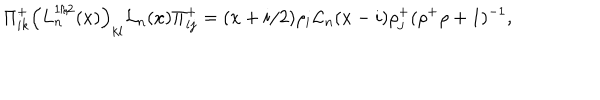
LaTeX: \Pi _ { i k } ^ { + } \left( L _ { n } ^ { 1 / 2 } ( x ) \right) _ { k l } { \cal L } _ { n } ( x ) \Pi _ { l j } ^ { + } = ( x + i / 2 ) \rho _ { i } { \cal L } _ { n } ( x - i ) \rho _ { j } ^ { + } ( \rho ^ { + } \rho + 1 ) ^ { - 1 } ,